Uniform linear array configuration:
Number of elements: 4
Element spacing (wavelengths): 1
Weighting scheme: blackman
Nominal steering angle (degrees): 15
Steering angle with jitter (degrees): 16.153
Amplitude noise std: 0.05
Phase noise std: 0.05

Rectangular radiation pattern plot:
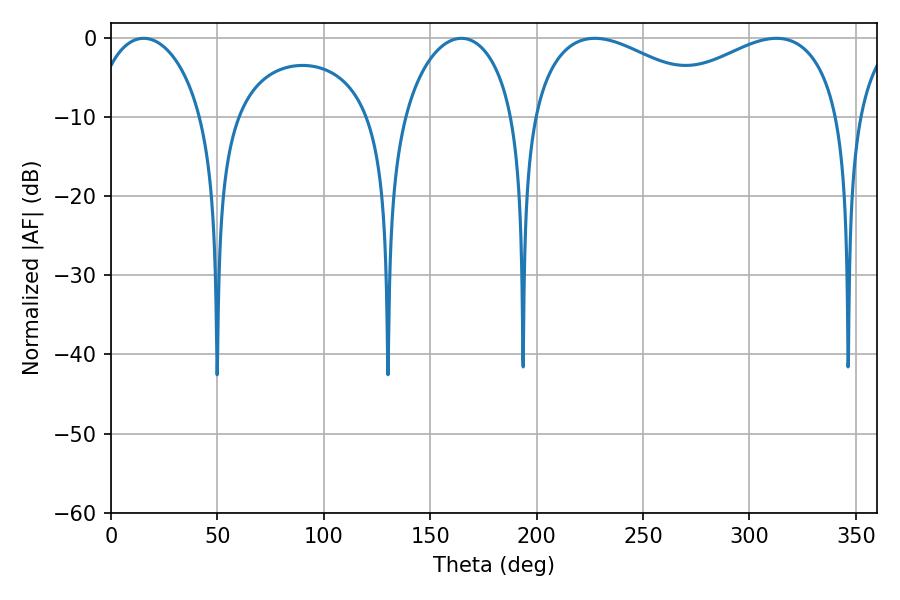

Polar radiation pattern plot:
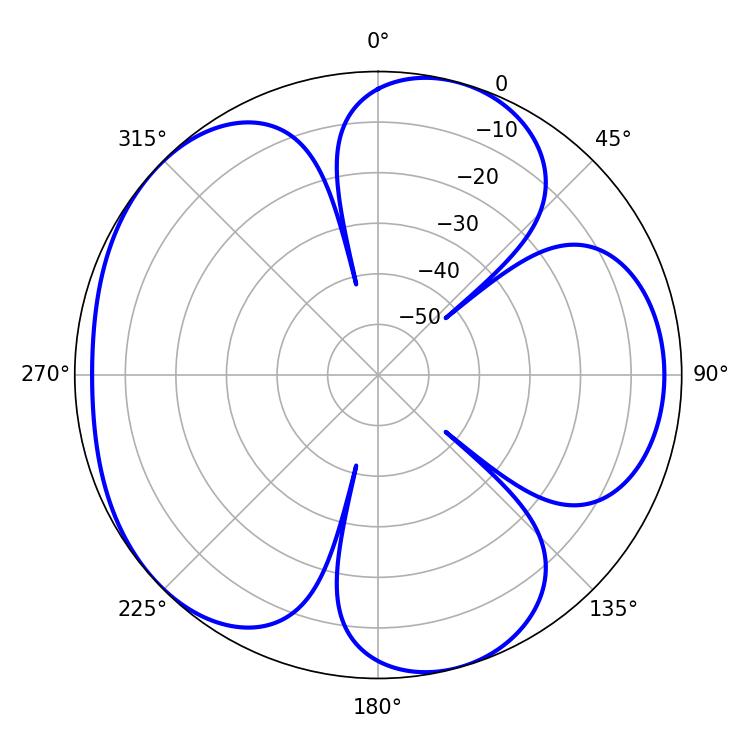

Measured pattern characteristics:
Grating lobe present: TRUE
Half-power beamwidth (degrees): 50.94
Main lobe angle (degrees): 312.66